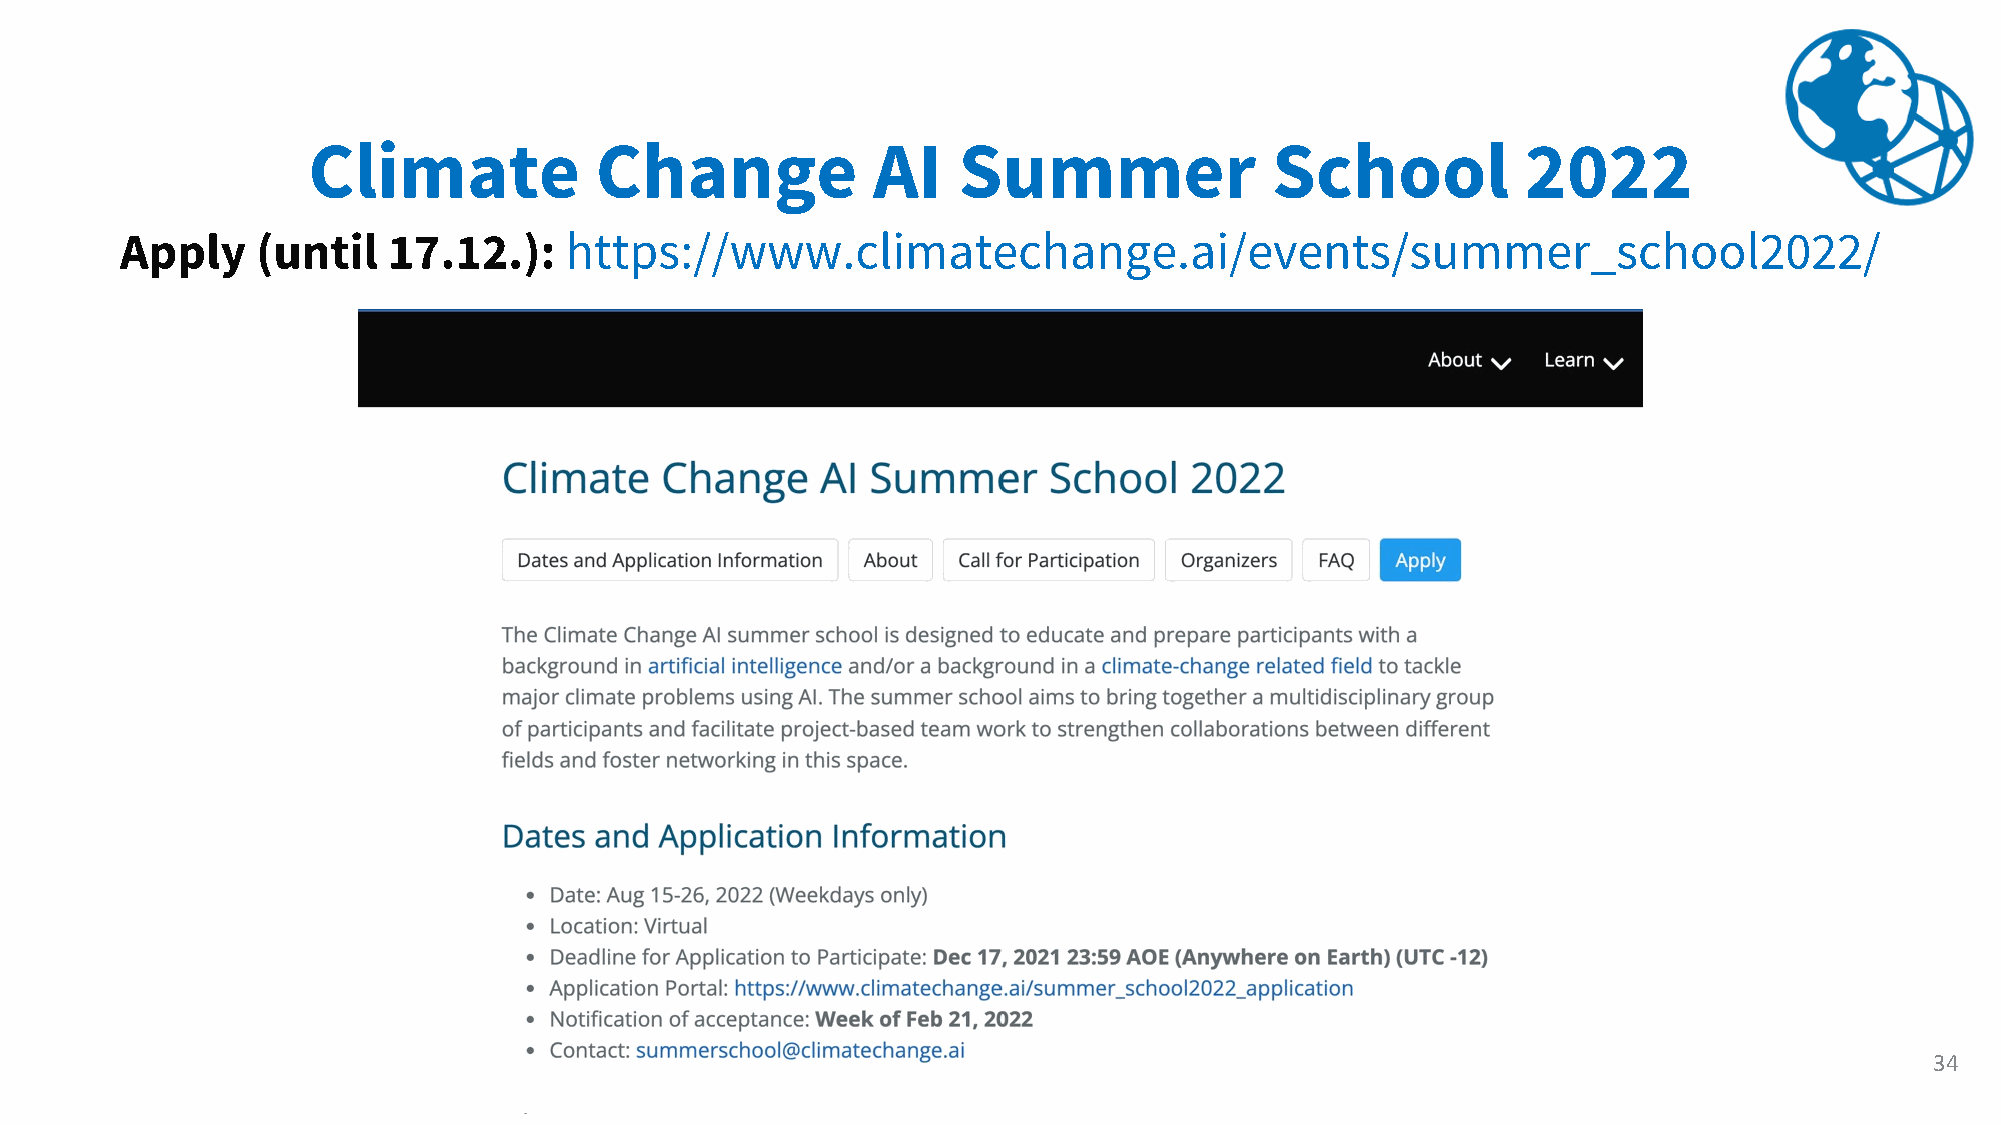
Climate            Change             AI   Summer               School           2022
 Apply    (until   17.12.):   https://www.climatechange.ai/events/summer_school2022/
 34